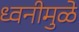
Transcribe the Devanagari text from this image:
ध्वनीमुळे